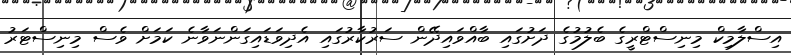
އިސްލާމިކް މިނިސްޓްރީގެ ބެލުމުގެ ދަށުގައި ބާއްވައިދޭން ސަރުކާރުގައި އެދިވަޑައިގަންނަވާނެ ކަމަށް ވެސް މިނިސްޓަރު